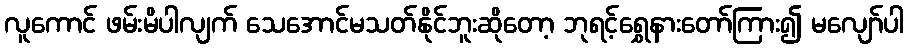
လူကောင် ဖမ်းမိပါလျက် သေအောင်မသတ်နိုင်ဘူးဆိုတော့ ဘုရင့်ရွှေနားတော်ကြား၍ မလျော်ပါ